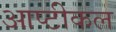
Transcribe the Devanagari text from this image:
आप्टीकल